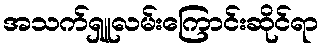
အသက်ရှူလမ်းကြောင်းဆိုင်ရာ